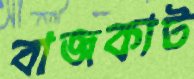
বাজকাট